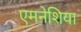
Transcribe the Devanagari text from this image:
एमनेशिया